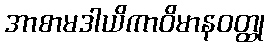
အာစာမဒါယိကာဝိမာနဝတ္ထု